Civil Veterinary Dept. Bombay admin report 1900-1906 - 1900-1906
Year: 1900
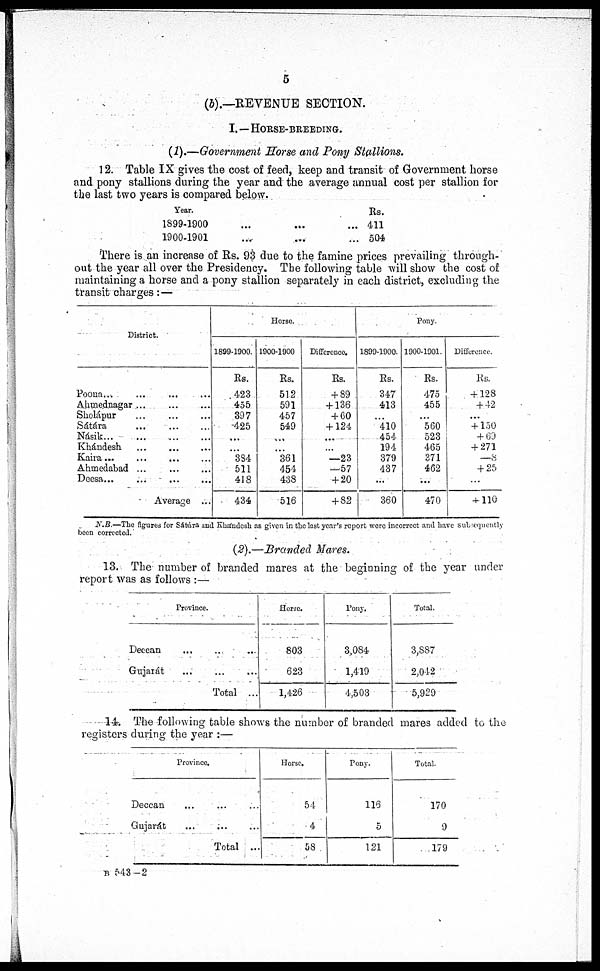
5
(b).—REVENUE SECTION.
I. — HORSE-BREEDING.
(1).—Government Horse and Pony Stallions.
12. Table IX gives the cost of feed, keep and transit of Government horse
and pony stallions during the year and the average annual cost per stallion for
the last two years is compared below.
Year.
1899-1900
...
...
1900-1901
... ...
Rs.
411
504
There is an increase of Rs. 93 due to the famine prices prevailing through-
out the year all over the Presidency. The following table will show the cost of
maintaining a horse and a pony stallion separately in each district, excluding the
transit charges : —
District.
Poona ... ... ... ...
Ahmednagar ... ... ...
Skolápur ... ... ...
Sátára ... ... ...
Násik
...
...
...
...
Khándesh ... ... ...
Kaira ... ... ... ...
Ahmedabad ... ... ...
Deesa ... ... ... ...
Average ...
Horse.
1899-1900.
Rs.
423
455
397
425
...
...
384
511
418
434
1900-1900
Rs.
512
591
457
549
...
...
361
454
438
516
Difference.
Rs.
+ 89
+ 136
+ 60
+124
...
...
—23
—57
+ 20
+ 82
Pony.
1899-1900.
Rs.
347
413
...
410
454
194
379
437
...
360
1900-1901.
Rs.
475
455
...
560
523
465
371
462
...
470
Difference.
Rs.
+ 128
+ 42
...
+ 150
+ 69
+ 271
—8
+ 25
...
+ 110
N.B.—The figures for Sátára and Khándesh as given in the last year's report were incorrect and have subsequently
been corrected.
(2).—Branded Mares.
13. The number of branded mares at the beginning of the year under
report was as follows :—
Province.
Deecan ... ... ...
Gujarát
...
...
...
Total ...
Horse.
803
623
1,426
Pony.
3,084
1,419
4,503
Total.
3,887
2,042
5,929
14. The following table shows the number of branded mares added to the
registers during the year :—
Province.
Deccan ... ... ...
Gujarát ... ... ...
Total ...
Horse.
54
4
58
Pony.
116
5
121
Total.
170
9
179
B 543—2